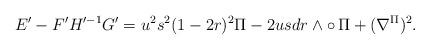
LaTeX: \begin{align*}E'-F'H'^{-1}G'=u^2s^2(1-2r)^2\Pi -2us dr\wedge\circ\, \Pi+(\nabla^{\Pi})^2.\end{align*}